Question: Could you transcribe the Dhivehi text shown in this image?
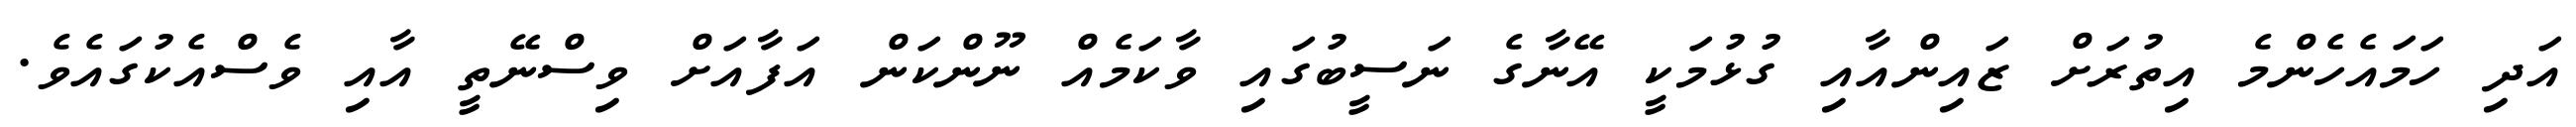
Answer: އަދި ހަމައެހެންމެ އިތުރަށް ޒައިންއާއި ގުޅުމަކީ އޭނާގެ ނަސީބުގައި ވާކަމެއް ނޫންކަން އަފާއަށް ވިސްނޭތީ އާއި ވެސްއެކުގައެވެ.